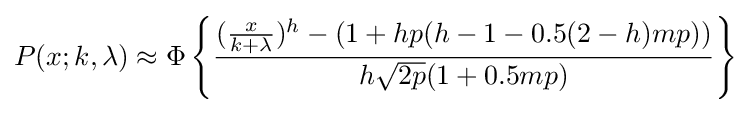
P(x;k,\lambda )\approx \Phi \left\{{\frac {({\frac {x}{k+\lambda }})^{h}-(1+hp(h-1-0.5(2-h)mp))}{h{\sqrt {2p}}(1+0.5mp)}}\right\}